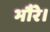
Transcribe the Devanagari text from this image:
भौंरे।